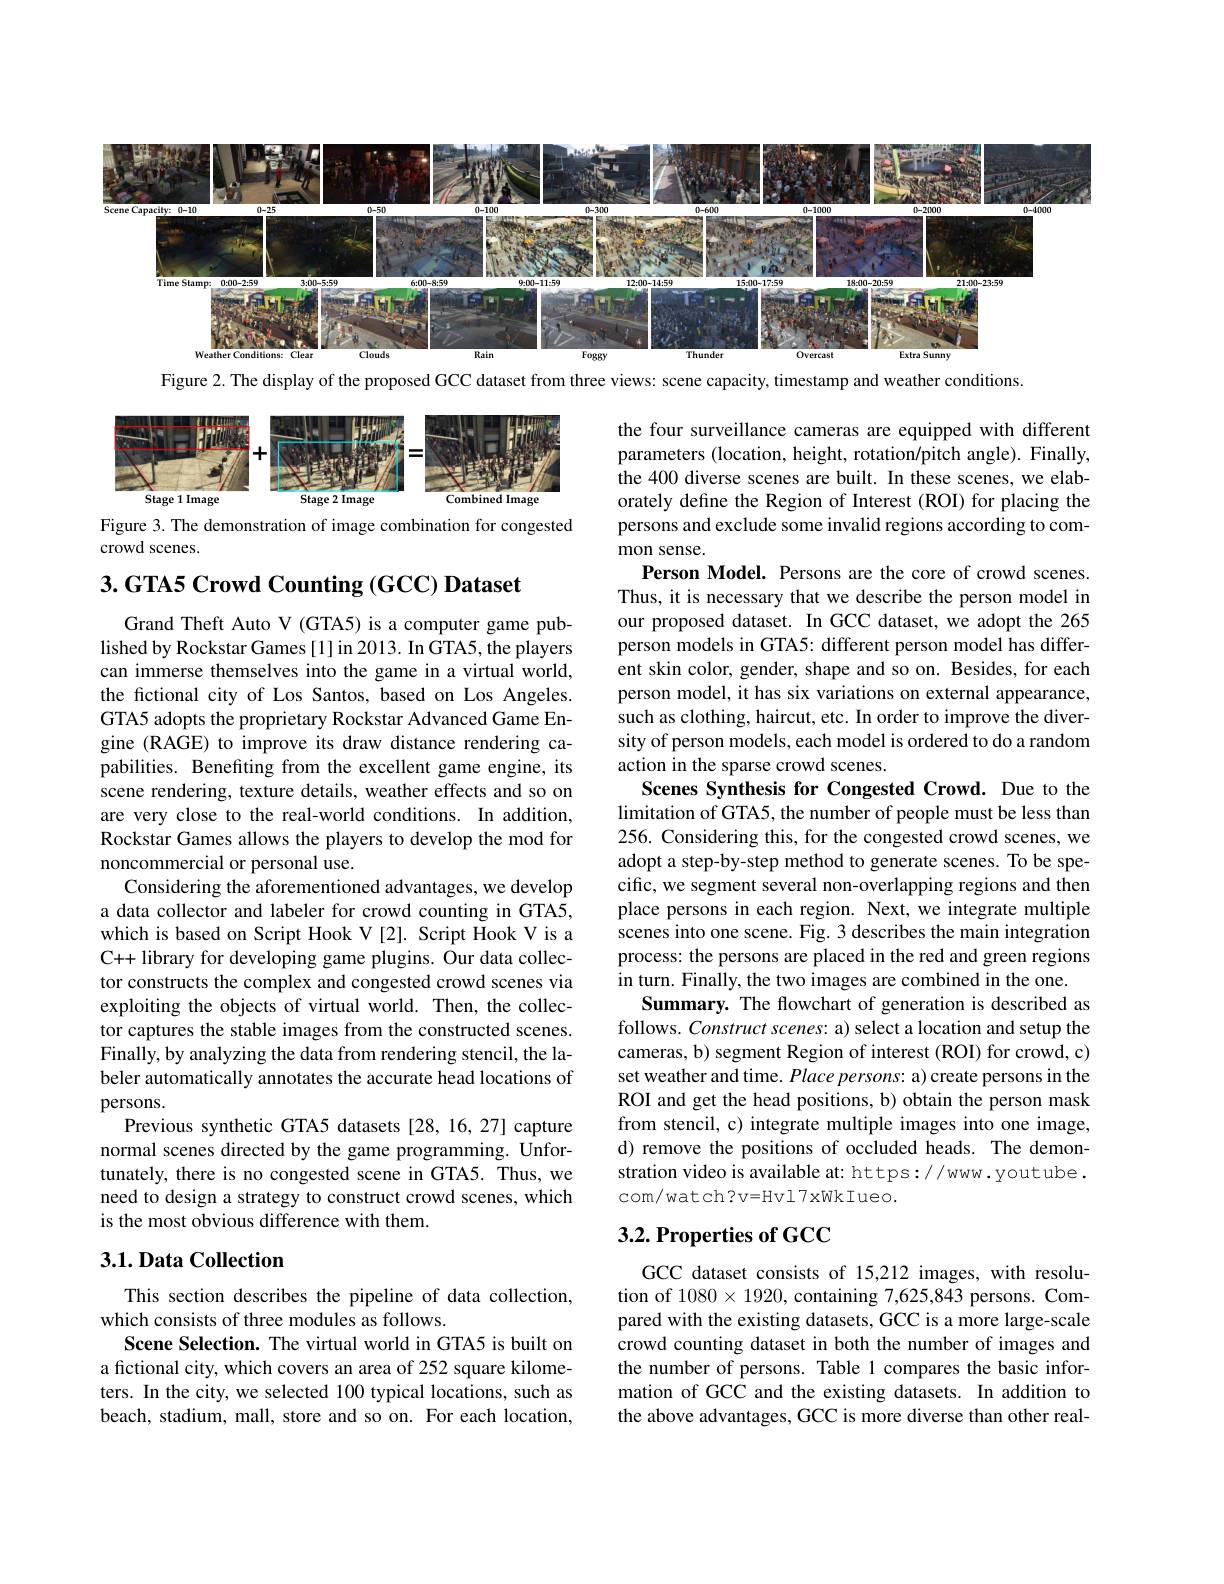
<FigureHere>

Figure 2. The display of the proposed GCC dataset from three views: scene capacity, timestamp and weather conditions.

<FigureHere>
Figure 3. The demonstration of image combination for congested

crowd scenes.

$3. \textbf{GTA5 Crowd Counting }( \mathbf{GCC}) \textbf{Dataset}$

the four surveillance cameras are equipped with different parameters (location, height, rotation/pitch angle). Finally, the 400 diverse scenes are built. In these scenes, we elaborately define the Region of Interest (ROI) for placing the persons and exclude some invalid regions according to common sense.
Person Model. Persons are the core of crowd scenes. Thus, it is necessary that we describe the person model in our proposed dataset. In GCC dataset, we adopt the 265 person models in GTA5: different person model has different skin color, gender, shape and so on. Besides, for each person model, it has six variations on external appearance, such as clothing, haircut, etc. In order to improve the diversity of person models, each model is ordered to do a random action in the sparse crowd scenes.
Scenes Synthesis for Congested Crowd. Due to the limitation of GTA5, the number of people must be less than 256. Considering this, for the congested crowd scenes, we adopt a step-by-step method to generate scenes. To be specific, we segment several non-overlapping regions and then place persons in each region. Next, we integrate multiple scenes into one scene. Fig. 3 describes the main integration process: the persons are placed in the red and green regions in turn. Finally, the two images are combined in the one.
Summary. The flowchart of generation is described as follows. $Construct\textit{scenes: a) select a location and setup the}$ cameras, b) segment Region of interest (ROI) for crowd, c) set weather and time. Place persons: a) create persons in the ROI and get the head positions, b) obtain the person mask from stencil, c) integrate multiple images into one image, d) remove the positions of occluded heads. The demonstration video is available at: https://www.youtube. com/ watch? v= Hv17xWkIueo.

Grand Theft Auto V (GTA5) is a computer game published by Rockstar Games [1] in 2013. In GTA5, the players can immerse themselves into the game in a virtual world, the fictional city of Los Santos, based on Los Angeles. GTA5 adopts the proprietary Rockstar Advanced Game Engine (RAGE) to improve its draw distance rendering capabilities. Benefiting from the excellent game engine, its scene rendering, texture details, weather effects and so on are very close to the real-world conditions. In addition, Rockstar Games allows the players to develop the mod for noncommercial or personal use.
Considering the aforementioned advantages, we develop a data collector and labeler for crowd counting in GTA5, which is based on Script Hook V[2]. Script Hook V is a C++ library for developing game plugins. Our data collector constructs the complex and congested crowd scenes via exploiting the objects of virtual world. Then, the collector captures the stable images from the constructed scenes. Finally, by analyzing the data from rendering stencil, the labeler automatically annotates the accurate head locations of persons.
Previous synthetic GTA5 datasets [28, 16, 27] capture normal scenes directed by the game programming. Unfortunately, there is no congested scene in GTA5. Thus, we need to design a strategy to construct crowd scenes, which is the most obvious difference with them.

## $3. 2. \textbf{Properties of GCC}$

## 3.1. Data Collection

GCC dataset consists of 15,212 images, with resolution of $1080\times1920$, containing 7,625,843 persons. Compared with the existing datasets, GCC is a more large-scale crowd counting dataset in both the number of images and the number of persons. Table 1 compares the basic information of GCC and the existing datasets. In addition to the above advantages, GCC is more diverse than other real-

This section describes the pipeline of data collection,
which consists of three modules as follows.
Scene Selection. The virtual world in GTA5 is built on a fictional city, which covers an area of 252 square kilometers. In the city, we selected 100 typical locations, such as beach, stadium, mall, store and so on. For each location,